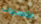
التفسيرات